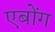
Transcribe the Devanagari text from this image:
एबोंग